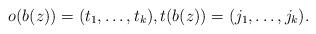
LaTeX: \begin{align*}o(b(z))=(t_1,\ldots,t_k),t(b(z))=(j_1,\ldots,j_k).\end{align*}